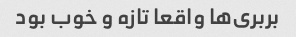
بربری‌ها واقعا تازه و خوب بود